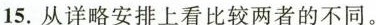
15.从详细安排上看比较两者的不同